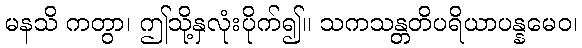
မနသိ ကတွာ၊ ဤသို့နှလုံးပိုက်၍။ သကသန္တတိပရိယာပန္နမေဝ၊